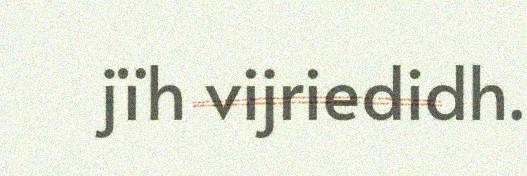
jïh vijriedidh.